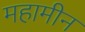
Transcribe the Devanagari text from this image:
महामीन